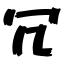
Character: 冗